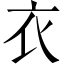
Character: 衣